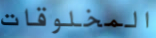
المخلوقات